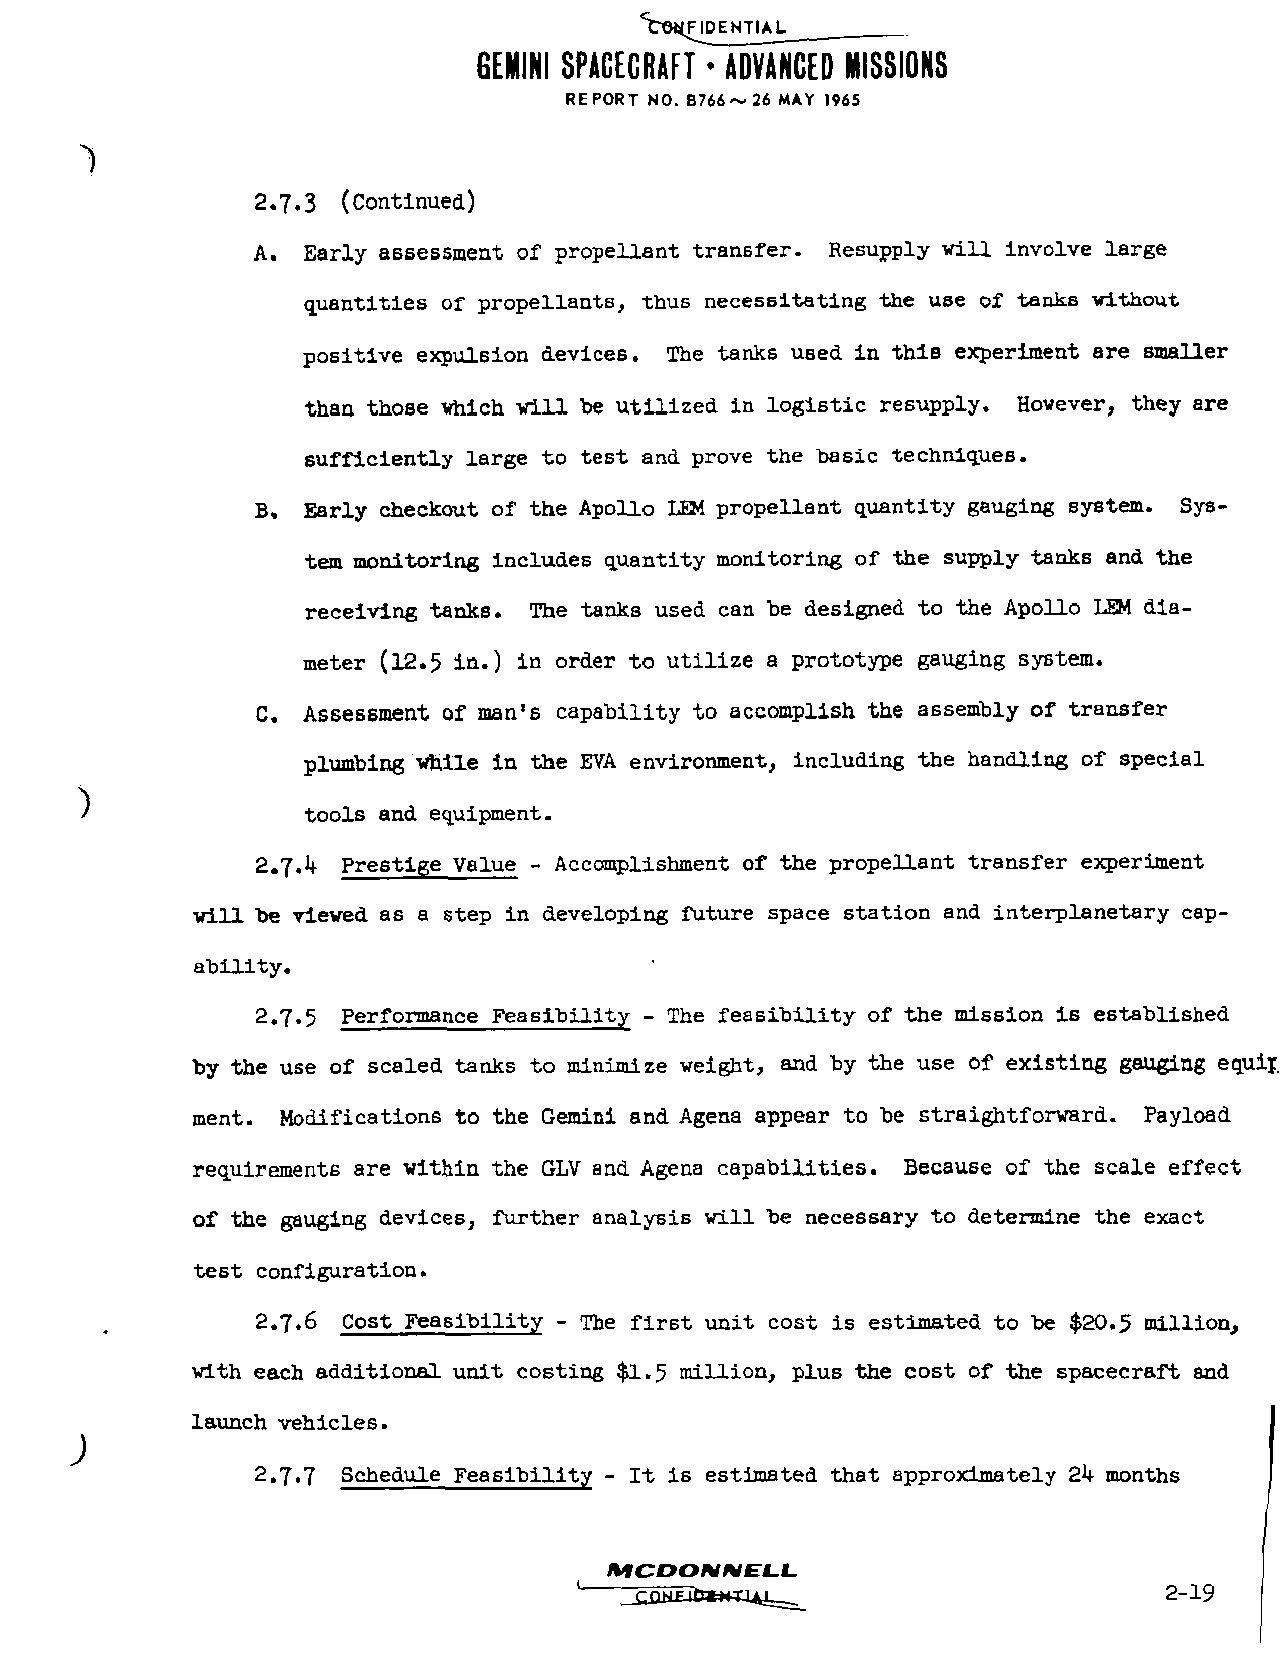
<b0MF|DENTIAL__
 GEMINI SPACECRAFT * ADVANCED MISSIONS
 REPORT NO. B766~ 26 MAY 1965
 2.7.3 (Continued)
 A. Early assessment of propellent transfer. Resupply will involve large
 quantities of propellants, thus necessitating the use of tanks without
 positive expulsion devices. The tanks used in this experiment are smaller
 than those which will be utilized in logistic resupply. However, they are
 sufficiently large to test and prove the basic techniques.
 B. Early checkout of the Apollo LH-i propellent quantity gauging system. Sys
 tem monitoring includes quantity monitoring of the supply tanks and the
 receiving tanks. The tanks used can be designed to the Apollo LEM dia
 meter (12.5 in.) in order to utilize a prototype gauging system.
 C. Assessment of man's capability to accomplish the assembly of transfer
 plumbing while in the EVA environment, including the handling of special
 tools and equipment.
 2.7.1+ Prestige Value - Accomplishment of the propellant transfer experiment
 will be viewed as a step in developing future space station and interplanetary cap-
 ability.
 2.7.5 Performence Feasibility - The feasibility of the mission is established
 by the use of scaled tanks to minimize weight, and by the use of existing gauging eqult
 ment. Modifications to the Gemini and Agena appear to be straightforward. Payload
 requirements are within the GLV and Agena capabilities. Because of the scale effect
 of the gauging devices, further analysis will be necessary to determine the exact
 test configuration.
 2.7.6 Cost Feasibility - The first unit cost is estimated to be $20.5 million,
 with each additional unit costing $1-5 million, plus the cost of the spacecraft and
 launch vehicles.
 2.7.7 Schedule Feasibility - It is estimated thst epproxlmately 2k months
 MCDOJVWELL
 '  J^HEJfiWrtUL^                       2-19